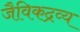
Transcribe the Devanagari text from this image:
जैविकद्रव्य